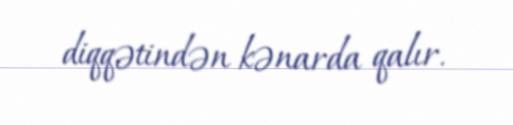
diqqətindən kənarda qalır.